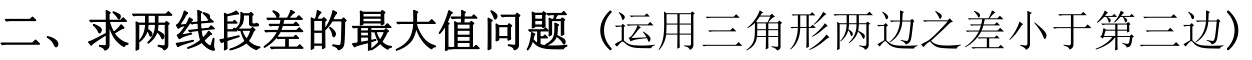
二、求两线段差的最大值问题（运用三角形两边之差小于第三边）